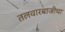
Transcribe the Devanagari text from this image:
तलवारबाजीचा